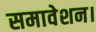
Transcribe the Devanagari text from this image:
समावेशन।